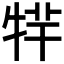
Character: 𤙢